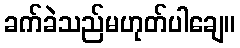
ခက်ခဲသည်မဟုတ်ပါချေ။